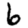
Digit: 6